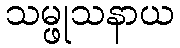
သမ္ဖုသနာယ